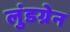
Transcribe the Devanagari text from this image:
लुंडग्रेन